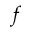
f